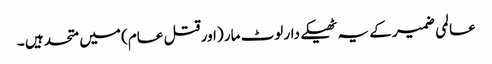
عالمی ضمیر کے یہ ٹھیکے دار لوٹ مار (اور قتل عام) میں متحد ہیں ۔